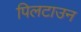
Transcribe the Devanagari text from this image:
पिलटाउन